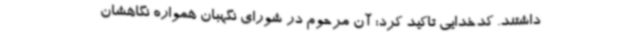
داشتند. کدخدایی تاکید کرد: آن مرحوم در شورای نگهبان همواره نگاهشان